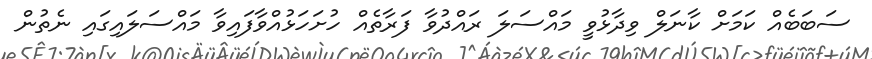
ސަބަބެއް ކަމަށް ކާނަލް ވިދާޅުވީ މައްސަލަ ރައްދުވާ ފަރާތެއް ހުށަހަޅުއްވާފައިވާ މައްސަލައިގައި ނެތުން